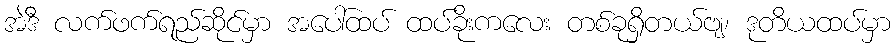
အဲဒီ လက်ဖက်ရည်ဆိုင်မှာ အပေါ်ထပ် ထပ်ခိုးကလေး တစ်ခုရှိတယ်ဗျ၊ ဒုတိယထပ်မှာ